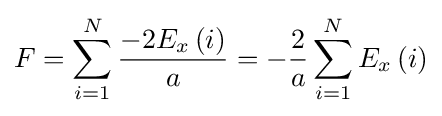
F=\sum \limits _{i=1}^{N}{\frac {-2{E_{x}}\left(i\right)}{a}}=-{\frac {2}{a}}\sum \limits _{i=1}^{N}{{E_{x}}\left(i\right)}